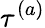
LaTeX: \tau^{(a)}